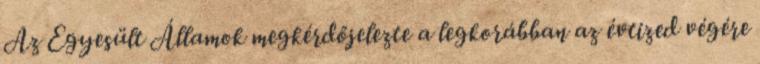
Az Egyesült Államok megkérdőjelezte a legkorábban az évtized végére